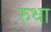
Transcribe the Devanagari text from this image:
रुधा